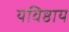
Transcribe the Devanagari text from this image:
यविष्ठाय